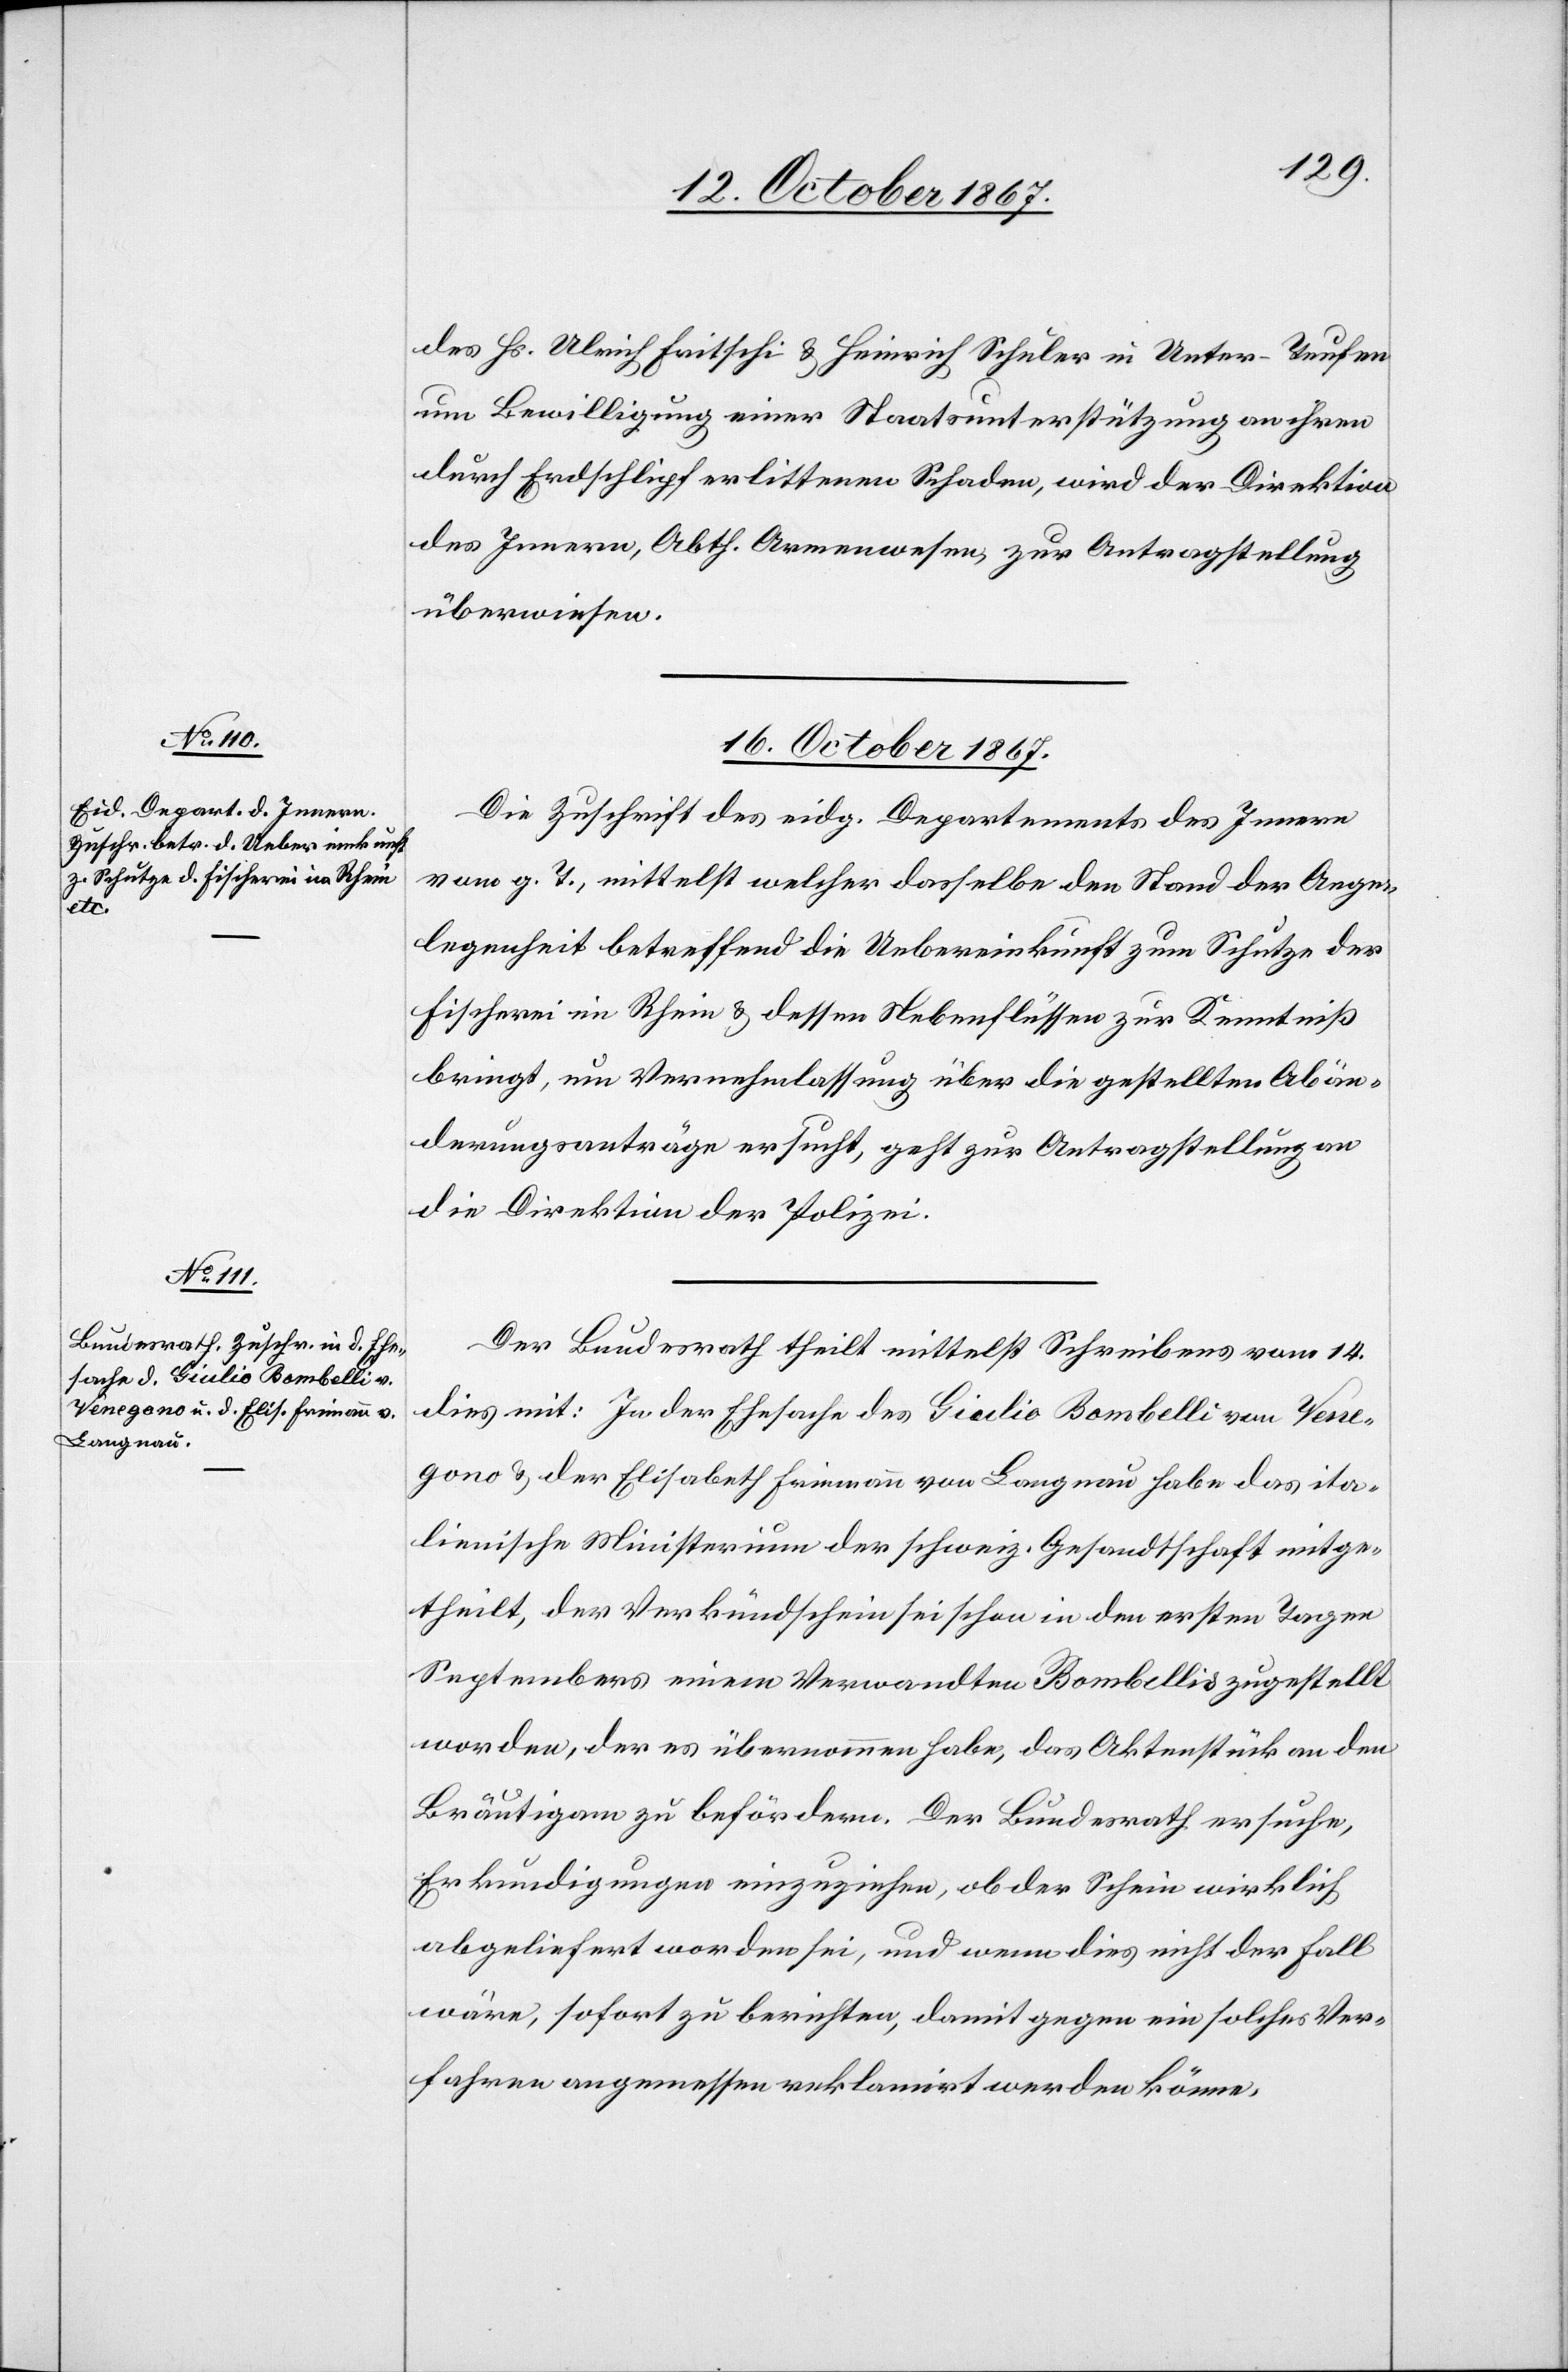
des Hs. Ulrich Fritschi u. Heinrich Schuler in Unter-Teufen
um Bewilligung einer Staatsunterstützung an ihren
durch Erdschlipf erlittenen Schaden, wird der Direktion
des Innern, Abth. Armenwesen, zur Antragstellung
überwiesen.
16. October 1867.]
Die Zuschrift des eidg. Departements des Innern
vom g. T., mittelst welcher dasselbe den Stand der Ange¬
legenheit betreffend die Uebereinkunft zum Schutze der
Fischerei im Rhein u. dessen Nebenflüssen zur Kenntniß
bringt, um Vernehmlassung über die gestellten Abän¬
derungsanträge ersucht, geht zur Antragstellung an
die Direktion der Polizei.
Der Bundesrath theilt mittelst Schreiben vom 14.
dies mit: In der Ehesache des Giulio Bombelli von Vene¬
gono u. der Elisabeth Frimann v. Langnau habe das ita¬
lienische Ministerium der schweiz. Gesandtschaft mitge¬
theilt, der Verkündschein sei schon in den ersten Tagen
Septembers einem Verwandten Bombellis zugestellt
worden, der es übernommen habe, das Aktenstück an den
Bräutigam zu befördern. Der Bundesrath ersuche,
Erkundigungen einzuziehen, ob der Schein wirklich
abgeliefert worden sei, und wenn dies nicht der Fall
wäre, sofort zu berichten, damit gegen ein solches Ver¬
fahren angemessen reklamirt werden könne.